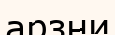
арзни